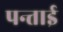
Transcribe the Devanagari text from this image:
पन्ताई